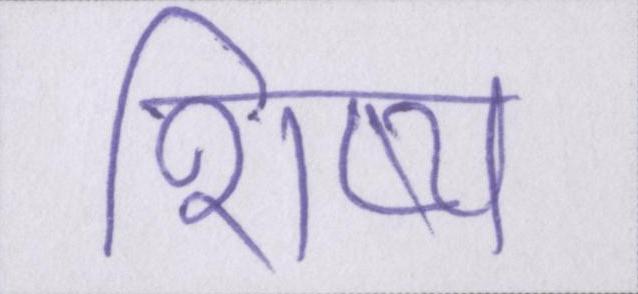
शिष्य